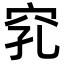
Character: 𥥅